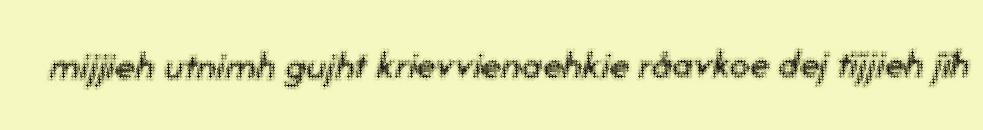
mijjieh utnimh gujht krievvienaehkie råavkoe dej tïjjieh jïh